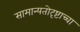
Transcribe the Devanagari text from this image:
सामान्यतोदृष्टाच्चा